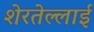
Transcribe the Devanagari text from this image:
शेरतेल्लाई